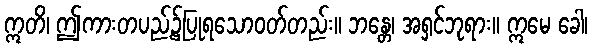
ဣတိ၊ ဤကားတပည့်၌ပြုရသောဝတ်တည်း။ ဘန္တေ၊ အရှင်ဘုရား။ ဣမေ ခေါ၊